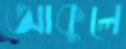
আকুলে